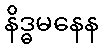
နိဒ္ဓမနေန